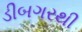
ડીબગરથી